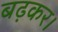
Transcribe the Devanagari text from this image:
बढ़कर।